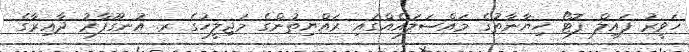
ހަވީރު ފައިލް ފޮޓޯ ހިޔާނާތުގެ މައްސަލައެއްގައި ރައްޔިތުންގެ މަޖިލީހުގެ ރ. އުނގޫފާރު ދާއިރާގެ